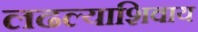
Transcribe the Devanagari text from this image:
लढल्याशिवाय